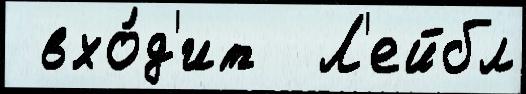
 вхо́д'ит  Л'ейбл